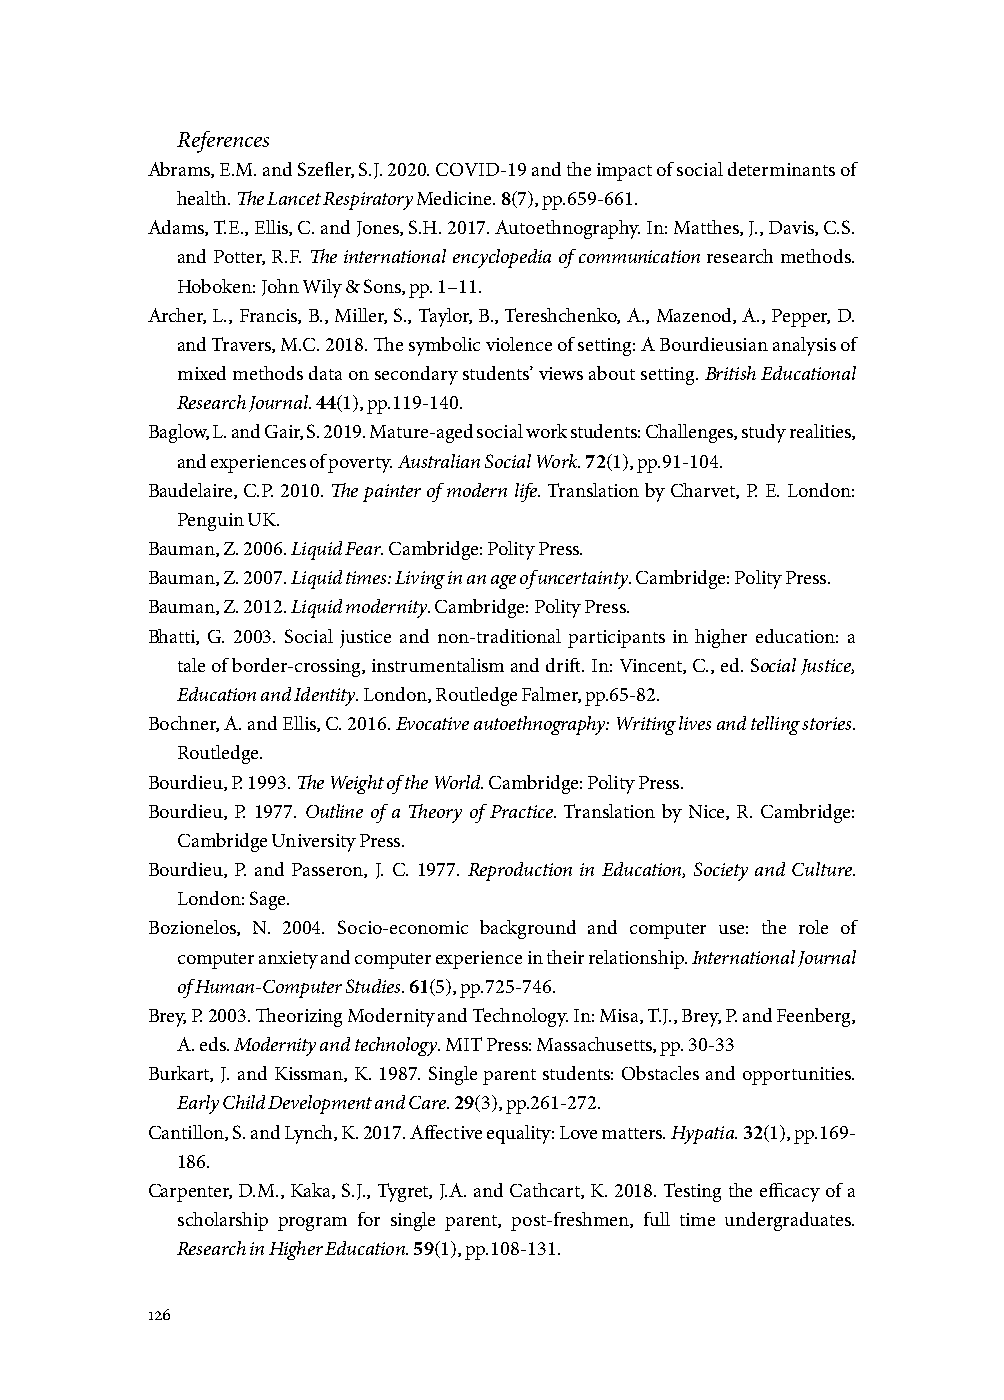
References
 Abrams, E.M. and Szefler, S.J. 2020. COVID-19 and the impact of social determinants of
 health. The Lancet Respiratory Medicine. 8(7), pp.659-661.
 Adams, T.E., Ellis, C. and Jones, S.H. 2017. Autoethnography. In: Matthes, J., Davis, C.S.
 and Potter, R.F. The international encyclopedia of communication research methods.
 Hoboken: John Wily & Sons, pp. 1–11.
 Archer, L., Francis, B., Miller, S., Taylor, B., Tereshchenko, A., Mazenod, A., Pepper, D.
 and Travers, M.C. 2018. The symbolic violence of setting: A Bourdieusian analysis of
 mixed methods data on secondary students’ views about setting. British Educational
 Research Journal. 44(1), pp.119-140.
 Baglow, L. and Gair, S. 2019. Mature-aged social work students: Challenges, study realities,
 and experiences of poverty. Australian Social Work. 72(1), pp.91-104.
 Baudelaire, C.P. 2010. The painter of modern life. Translation by Charvet, P. E. London:
 Penguin UK.
 Bauman, Z. 2006. Liquid Fear. Cambridge: Polity Press.
 Bauman, Z. 2007. Liquid times: Living in an age of uncertainty. Cambridge: Polity Press.
 Bauman, Z. 2012. Liquid modernity. Cambridge: Polity Press.
 Bhatti, G. 2003. Social justice and non-traditional participants in higher education: a
 tale of border-crossing, instrumentalism and drift. In: Vincent, C., ed. Social Justice,
 Education and Identity. London, Routledge Falmer, pp.65-82.
 Bochner, A. and Ellis, C. 2016. Evocative autoethnography: Writing lives and telling stories.
 Routledge.
 Bourdieu, P. 1993. The Weight of the World. Cambridge: Polity Press.
 Bourdieu, P. 1977. Outline of a Theory of Practice. Translation by Nice, R. Cambridge:
 Cambridge University Press.
 Bourdieu, P. and Passeron, J. C. 1977. Reproduction in Education, Society and Culture.
 London: Sage.
 Bozionelos, N. 2004. Socio-economic background and computer use: the role of
 computer anxiety and computer experience in their relationship. International Journal
 of Human-Computer Studies. 61(5), pp.725-746.
 Brey, P. 2003. Theorizing Modernity and Technology. In: Misa, T.J., Brey, P. and Feenberg,
 A. eds. Modernity and technology. MIT Press: Massachusetts, pp. 30-33
 Burkart, J. and Kissman, K. 1987. Single parent students: Obstacles and opportunities.
 Early Child Development and Care. 29(3), pp.261-272.
 Cantillon, S. and Lynch, K. 2017. Affective equality: Love matters. Hypatia. 32(1), pp.169-
 186.
 Carpenter, D.M., Kaka, S.J., Tygret, J.A. and Cathcart, K. 2018. Testing the efficacy of a
 scholarship program for single parent, post-freshmen, full time undergraduates.
 Research in Higher Education. 59(1), pp.108-131.
 126